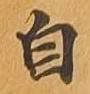
自